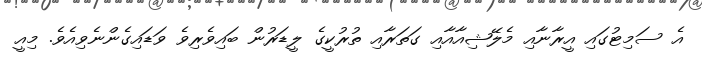
އެ ސަމިޓުގައި އީރާނާއި މެލޭޝިއާއާއި ގަތަރާއި ތުރުކީގެ ލީޑަރުން ބައިވެރިވެ ވަޑައިގެންނެވިއެވެ. މިއީ